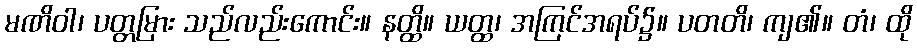
မဏိဝါ၊ ပတ္တမြား သည်လည်းကောင်း။ နတ္ထိ။ ယတ္ထ၊ အကြင်အရပ်၌။ ပတတိ၊ ကျ၏။ တံ၊ ထို